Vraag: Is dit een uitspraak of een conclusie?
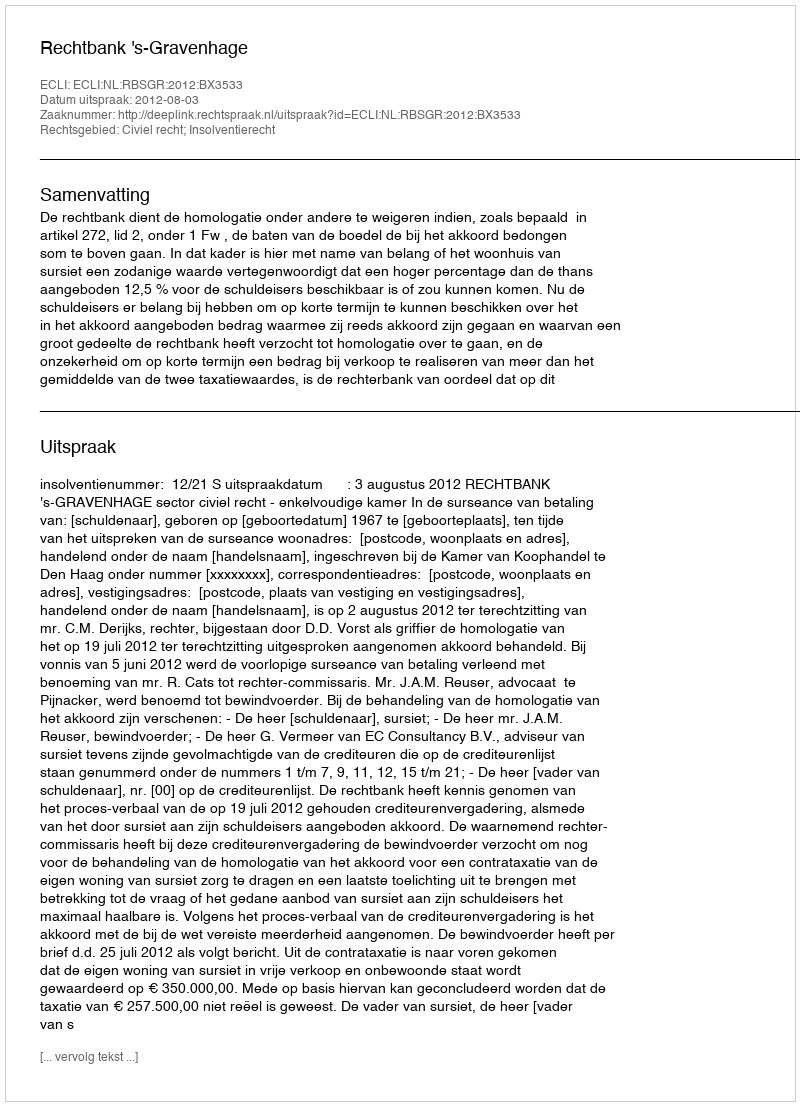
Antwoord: Uitspraak